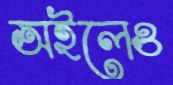
অইলেও